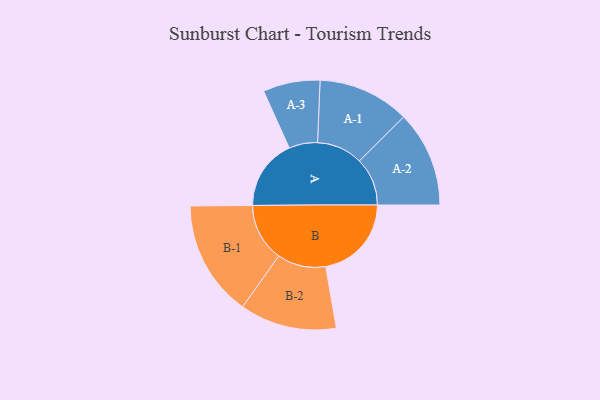
{"axis": {"x": "Segment", "y": "Value"}, "legend": ["", "A", "B"], "data": [{"x": "A", "y": 298, "type": ""}, {"x": "B", "y": 361, "type": ""}, {"x": "A-1", "y": 193, "type": "A"}, {"x": "A-2", "y": 202, "type": "A"}, {"x": "A-3", "y": 120, "type": "A"}, {"x": "B-1", "y": 244, "type": "B"}, {"x": "B-2", "y": 204, "type": "B"}]}